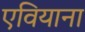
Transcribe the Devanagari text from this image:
एवियाना